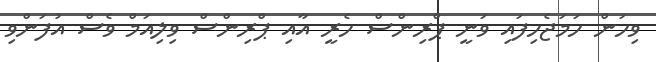
ވިހަން ހަމަޖެހިފައި ވަނީ ޕްރިންސް ހެރީ އާއި ޕްރިންސް ވިލިއަމް ވެސް އުފަންވި